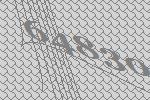
64830